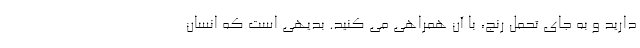
دارید و به جای تحمل رنج، با آن همراهی می کنید. بدیهی است که انسان